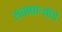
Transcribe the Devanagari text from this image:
सत्ताधाऱ्यांचे